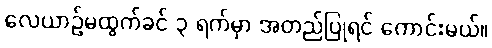
လေယာဉ်မထွက်ခင် ၃ ရက်မှာ အတည်ပြုရင် ကောင်းမယ်။